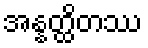
အန္နတ္ထိတဿ